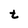
Character: t